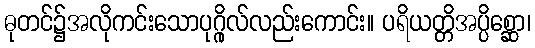
ဓုတင်၌အလိုကင်းသောပုဂ္ဂိုလ်လည်းကောင်း။ ပရိယတ္တိအပ္ပိစ္ဆော၊